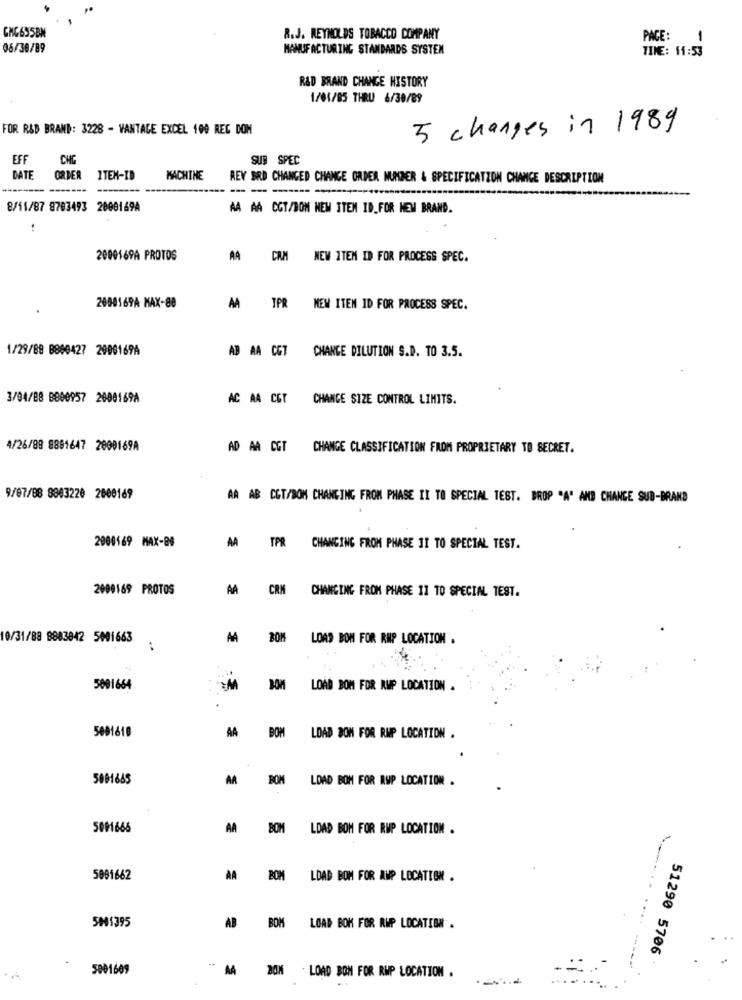
CHG6S5BN
R.J. REYNOLDS TOBACCO COMPANY
PACE :
1
06/30/89
MANUFACTURING STANDARDS SYSTEM
TIME: 11:53
R&D BRAND CHANGE HISTORY
1/01/85 THRU 6/30/89
FOR R&D BRAND: 3228 - VANTAGE EXCEL 100 REC DOM
5 changes in 1989
EFF
CHG
SUB SPEC
DATE
ORDER
ITEM-ID
MACHINE
REY BRD CHANGED CHANGE ORDER NUMMER & SPECIFICATION CHANCE DESCRIPTION
8/11/87 8703493 2000169A
AA AA COT/DOM NEW ITEM ID_FOR HEM BRAND.
2000169A PROTOS
AA CRM
NEW ITEM ID FOR PROCESS SPEC.
2000169A MAX-80
AA TPR
NEW ITEM ID FOR PROCESS SPEC.
1/29/88 8800427 2900169A
AB AA CGT
CHANGE DILUTION S.D. TO 3.5.
3/04/88 8800957 2000169A
AC AA CET
CHANGE SIZE CONTROL LIMITS.
4/26/89 8881647 2000169A
AD AA CGT
CHANGE CLASSIFICATION FROM PROPRIETARY TO SECRET.
9/07/88 8803220 2000169
AA AB CCT/BOM CHANGING FROM PHASE II TO SPECIAL TEST. BROP "A" AND CHANGE SUB-BRAND
2900169 MAX-89
AA TPR CHANGING FROM PHASE II TO SPECIAL TEST.
2090169 PROTOS
A CRM
CHANGING FROM PHASE 11 TO SPECIAL TEST.
10/31/88 8883842 5001663
AA BOM
LOAD BOM FOR RNP LOCATION .
..
5001664
LOAD BOM FOR RUP LOCATION .
AA
BOM
5001610
LOAD SOM FOR RMP LOCATION .
5001685
AA
BOM
LOAD BOM FOR RWP LOCATION .
5001666
AA
BOM
LDAD BOM FOR RMP LOCATION .
5091662
AA
BOM
LDAD BOM FOR AWP LOCATION .
5041395
AB
BOM
LOAD BOK FOR AWP LOCATION .
51290 5706
5001609
AA
. LOAD BOM FOR RMP LOCATION .